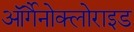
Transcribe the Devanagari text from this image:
ऑर्गैनोक्लोराइड